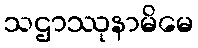
သဌာဿုနာမိမေ